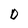
Character: D